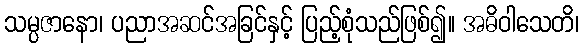
သမ္ပဇာနော၊ ပညာအဆင်အခြင်နှင့် ပြည့်စုံသည်ဖြစ်၍။ အဓိဝါသေတိ၊